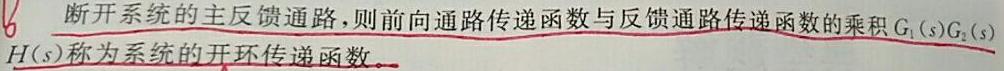
断开系统的主反馈通路，则前向通路传递函数与反馈通路传递函数的乘积$G_{1}(s)G_{2}(s)H(s)$称为系统的开环传递函数。